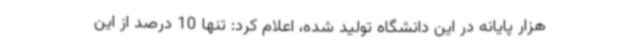
هزار پایانه در این دانشگاه تولید شده، اعلام کرد: تنها 10 درصد از این